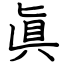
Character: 眞